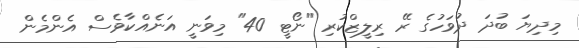
މިދިޔަ ބުދަ ދުވަހުގެ ރޭ ރިލީޒްކުރި "ނޯޓީ 40" މިވަނީ އަނެއްކާވެސް އެންމެން